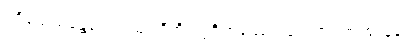
ပရိယေသန္တေဟေဝ ယူပါဒီဟိ ပဗ္ဗဇိတဿေဝ ဒူရကာရဏံ ဈာနံပေ